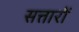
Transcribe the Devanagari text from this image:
सत्तारों